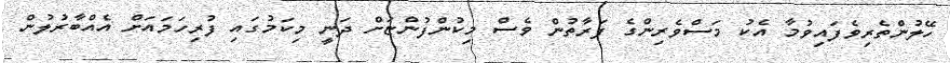
ހޭލުންތެރިވެފައިވުމާ އެކު މަސްވެރިންގެ ފަރާތުން ވެސް މިކުންފުންޏަށް ދަނީ މިކަމުގައި ފުރިހަމައަށް އެއްބާރުލުން